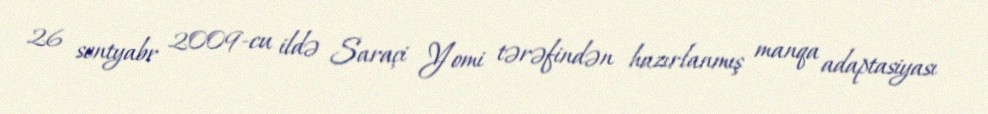
26 sentyabr 2009-cu ildə Saraçi Yomi tərəfindən hazırlanmış manqa adaptasiyası